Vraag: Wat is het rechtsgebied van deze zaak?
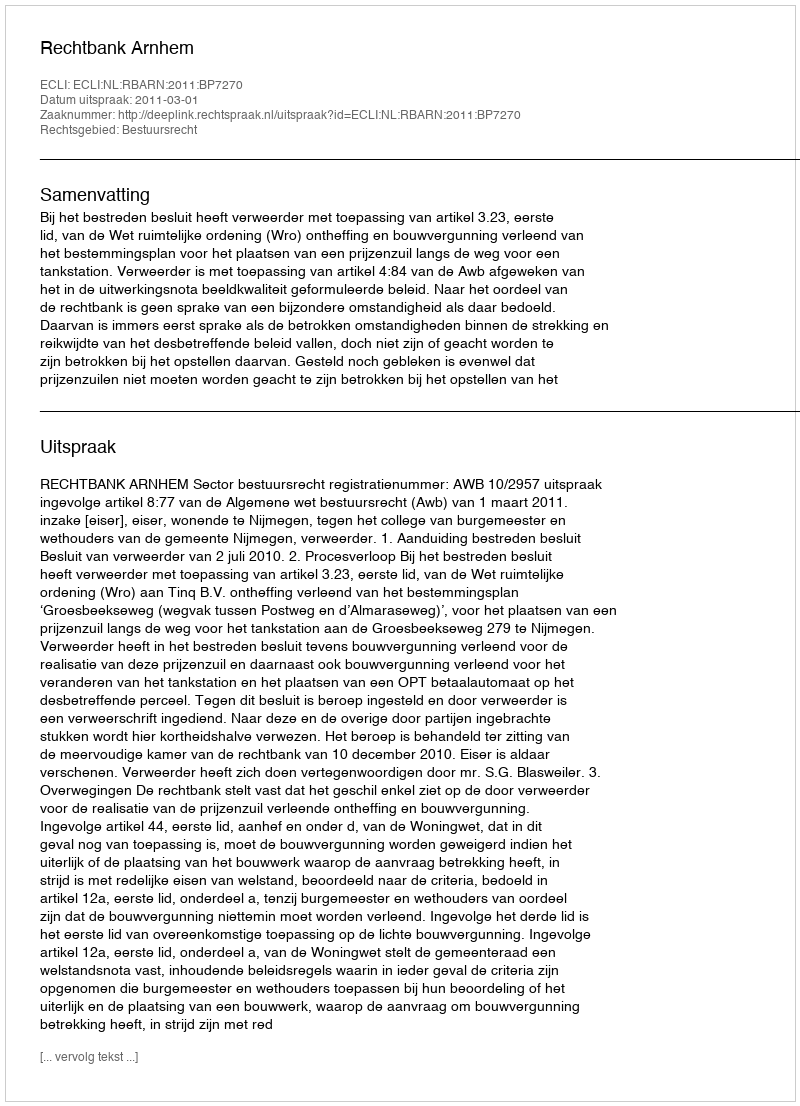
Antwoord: Bestuursrecht